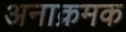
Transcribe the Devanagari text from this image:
अनाक्रमक